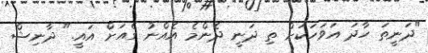
"ދަނީތަ ހާދަ އަވަހަކަށް ތި ދަނީ ދެންމެ އެއްނު ގެއަށް އައީ." ދާނިޝް